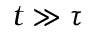
t \gg \tau